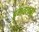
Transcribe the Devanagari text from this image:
हमवतनों